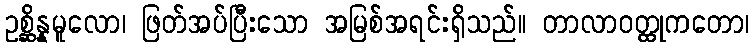
ဥစ္ဆိန္နမူလော၊ ဖြတ်အပ်ပြီးသော အမြစ်အရင်းရှိသည်။ တာလာဝတ္ထုကတော၊